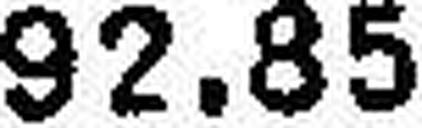
92.85